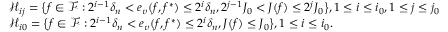
\begin{array} { r l } & { \mathcal { H } _ { i j } = \big \{ f \in \mathcal { F } : 2 ^ { i - 1 } \delta _ { n } < e _ { \upsilon } ( f , f ^ { * } ) \leq 2 ^ { i } \delta _ { n } , 2 ^ { j - 1 } J _ { 0 } < J ( f ) \leq 2 ^ { j } J _ { 0 } \big \} , 1 \leq i \leq i _ { 0 } , 1 \leq j \leq j _ { 0 } } \\ & { \mathcal { H } _ { i 0 } = \big \{ f \in \mathcal { F } : 2 ^ { i - 1 } \delta _ { n } < e _ { \upsilon } ( f , f ^ { * } ) \leq 2 ^ { i } \delta _ { n } , J ( f ) \leq J _ { 0 } \big \} , 1 \leq i \leq i _ { 0 } . } \end{array}